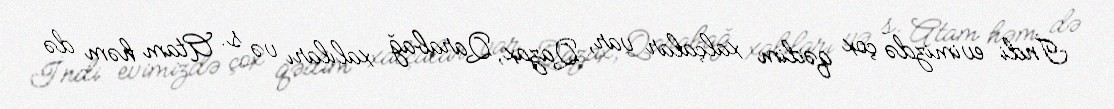
İndi evimizdə çox qədim xalçalar var, Qazax, Qarabağ xalıları və s. Atam həm də